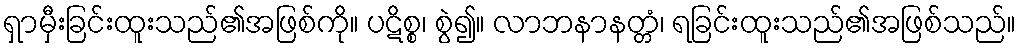
ရှာမှီးခြင်းထူးသည်၏အဖြစ်ကို။ ပဋိစ္စ၊ စွဲ၍။ လာဘနာနတ္တံ၊ ရခြင်းထူးသည်၏အဖြစ်သည်။